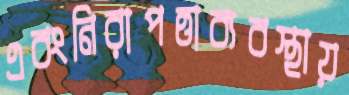
এবংনিরাপত্তাব্যবস্থায়